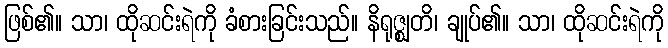
ဖြစ်၏။ သာ၊ ထိုဆင်းရဲကို ခံစားခြင်းသည်။ နိရုဇ္ဈတိ၊ ချုပ်၏။ သာ၊ ထိုဆင်းရဲကို